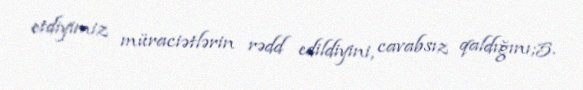
etdiyimiz müraciətlərin rədd edildiyini, cavabsız qaldığını;5.